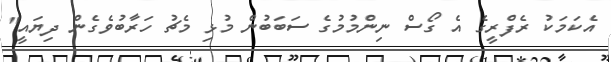
އެކަމަކު ރެފްރީގެ އެ ގޯސް ނިންމުމުގެ ސަބަބުން މުޅި މެޗު ހަރާބުވެގެން ދިޔައީ"